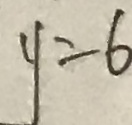
y = 6